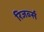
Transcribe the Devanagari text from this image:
रिजर्व्स